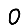
Digit: 0